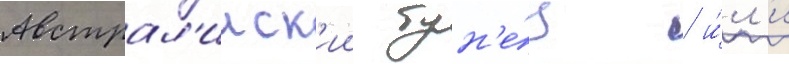
Австрал'ииск'ии тун'е́ц / и́л'и